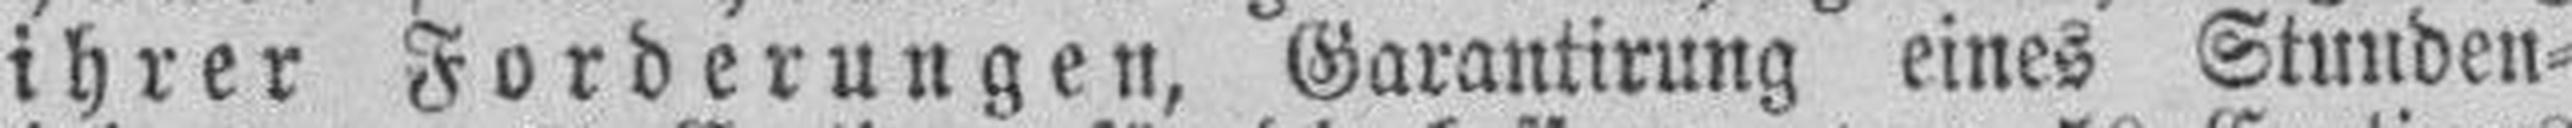
ihrer Forderungen, Garantirung eines Stunden¬